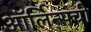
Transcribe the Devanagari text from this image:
ऑर्लिन्सची